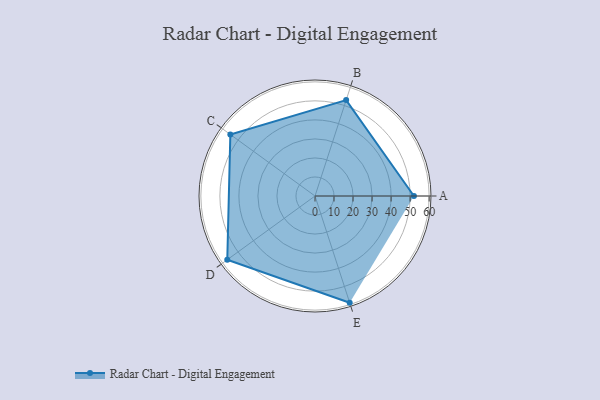
{"axis": {"x": "Skill", "y": "Score"}, "legend": ["Profile"], "data": [{"x": "A", "y": 52.0, "type": "Profile"}, {"x": "B", "y": 53.0, "type": "Profile"}, {"x": "C", "y": 55.0, "type": "Profile"}, {"x": "D", "y": 57.0, "type": "Profile"}, {"x": "E", "y": 59.0, "type": "Profile"}]}